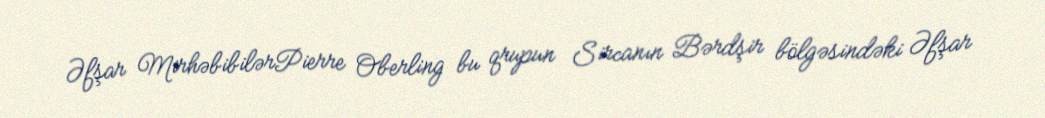
Əfşar MirhəbibilərPierre Oberling bu qrupun Sircanın Bərdşir bölgəsindəki Əfşar